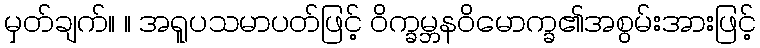
မှတ်ချက်။ ။ အရူပသမာပတ်ဖြင့် ဝိက္ခမ္ဘနဝိမောက္ခ၏အစွမ်းအားဖြင့်